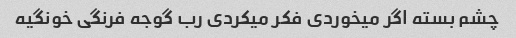
چشم بسته اگر میخوردی فکر میکردی رب گوجه فرنگی خونگیه